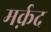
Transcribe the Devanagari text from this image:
मर्क़द